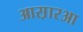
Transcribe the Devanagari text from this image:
आस़ारआ